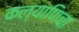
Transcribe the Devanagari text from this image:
कल्याणिचा